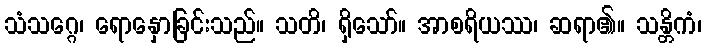
သံသဂ္ဂေ၊ ရောနှောခြင်းသည်။ သတိ၊ ရှိသော်။ အာစရိယဿ၊ ဆရာ၏။ သန္တိကံ၊